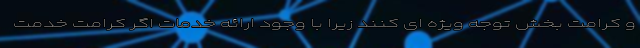
و کرامت بخش توجه ویژه ای کنند زیرا با وجود ارائه خدمات اگر کرامت خدمت